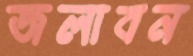
জলাবন